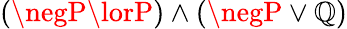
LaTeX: (\negP\lorP)\land(\negP\lor\mathbb{Q})